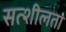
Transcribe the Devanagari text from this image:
सत्शीलता